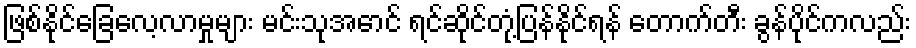
ဖြစ်နိုင်ခြေလေ့လာမှုများ မင်းသုအောင် ရင်ဆိုင်တုံ့ပြန်နိုင်ရန် တောက်တီး ခွန်ပိုင်ကလည်း